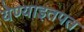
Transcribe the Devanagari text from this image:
येण्याइतपत